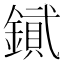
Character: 𨫮